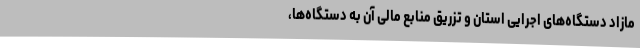
مازاد دستگاه‌های اجرایی استان و تزریق منابع مالی آن به دستگاه‌ها،